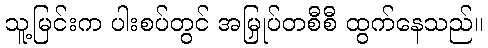
သူ့မြင်းက ပါးစပ်တွင် အမြှုပ်တစီစီ ထွက်နေသည်။